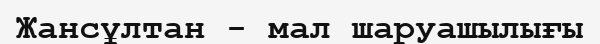
Жансұлтан - мал шаруашылығы